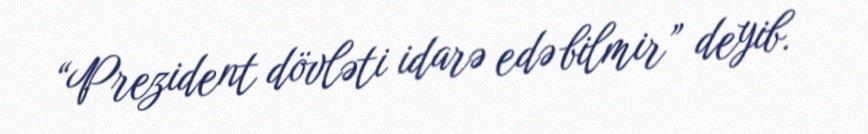
“Prezident dövləti idarə edə bilmir” deyib.